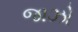
જાઝો